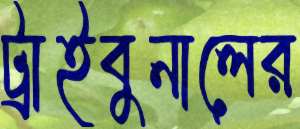
ট্রাইবুনালের